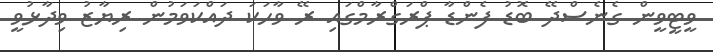
ވީޓީވީން ގެނެސްދޭ ބޮޑު ފެންޑާ ޕްރަގްރާމްގައި ރޭ ވާހަކަ ދައްކަވަމުން ރިޔާޒު ވިދާޅުވީ